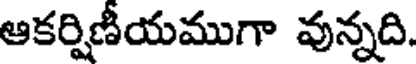
ఆకర్షిణీయముగా వున్నది.